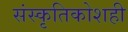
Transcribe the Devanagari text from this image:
संस्कृतिकोशही